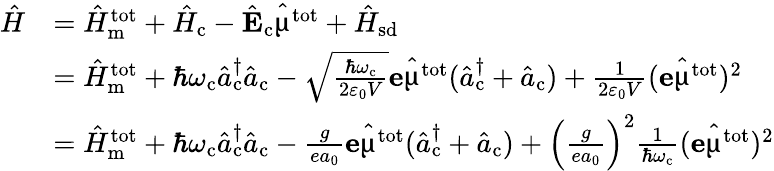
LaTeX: \begin{array}{rl}{\hat{H}}&{=\hat{H}_{\mathrm{m}}^{\mathrm{tot}}+\hat{H}_{\mathrm{c}}-\hat{\mathrm{\mathbf{E}}}_{\mathrm{c}}\hat{\mathbf{\upmu}}^{\mathrm{tot}}+\hat{H}_{\mathrm{sd}}}\\ &{=\hat{H}_{\mathrm{m}}^{\mathrm{tot}}+\hbar\omega_{\mathrm{c}}\hat{a}_{\mathrm{c}}^{\dagger}\hat{a}_{\mathrm{c}}-\sqrt{\frac{\hbar\omega_{\mathrm{c}}}{2\varepsilon_{0}V}}\mathbf{e}\hat{\mathbf{\upmu}}^{\mathrm{tot}}(\hat{a}_{\mathrm{c}}^{\dagger}+\hat{a}_{\mathrm{c}})+\frac{1}{2\varepsilon_{0}V}(\mathbf{e}\hat{\mathbf{\upmu}}^{\mathrm{tot}})^{2}}\\ &{=\hat{H}_{\mathrm{m}}^{\mathrm{tot}}+\hbar\omega_{\mathrm{c}}\hat{a}_{\mathrm{c}}^{\dagger}\hat{a}_{\mathrm{c}}-\frac{g}{ea_{0}}\mathbf{e}\hat{\mathbf{\upmu}}^{\mathrm{tot}}(\hat{a}_{\mathrm{c}}^{\dagger}+\hat{a}_{\mathrm{c}})+\Big(\frac{g}{ea_{0}}\Big)^{2}\frac{1}{\hbar\omega_{\mathrm{c}}}(\mathbf{e}\hat{\mathbf{\upmu}}^{\mathrm{tot}})^{2}}\end{array}